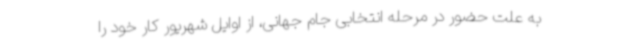
به علت حضور در مرحله انتخابی جام جهانی، از اوایل شهریور کار خود را